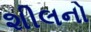
શીલનો